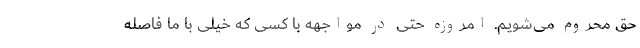
حق محروم می‌شویم. امروزه حتی در مواجهه با کسی که خیلی با ما فاصله